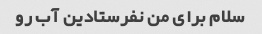
سلام برای من نفرستادین آب رو